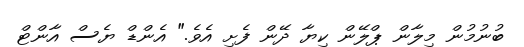
ބުނުމުން މިލާން ޕްލޭން ކިޔާ ދޭން ފެށި އެވެ." އެންޑް ޔެސް އާންޓް